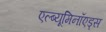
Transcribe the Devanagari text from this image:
एल्ब्यूमिनॉएड्स